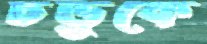
চড়ুকে